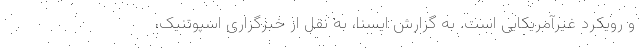
و رویکرد غیرآمریکایی است. به گزارش ایسنا، به نقل از خبرگزاری اسپوتنیک،